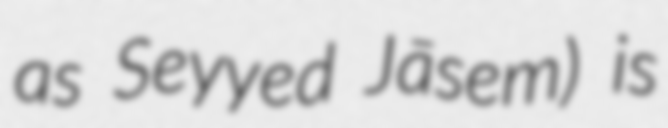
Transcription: as Seyyed Jāsem) is